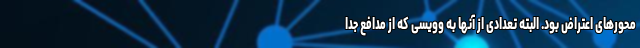
محورهای اعتراض بود. البته تعدادی از آنها به وویسی که از مدافع جدا